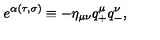
e ^ { \alpha ( \tau , \sigma ) } \equiv - \eta _ { \mu \nu } q _ { + } ^ { \mu } q _ { - } ^ { \nu } ,